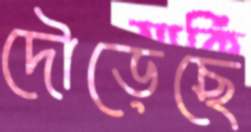
দৌড়েছে